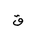
Letter: _qaf